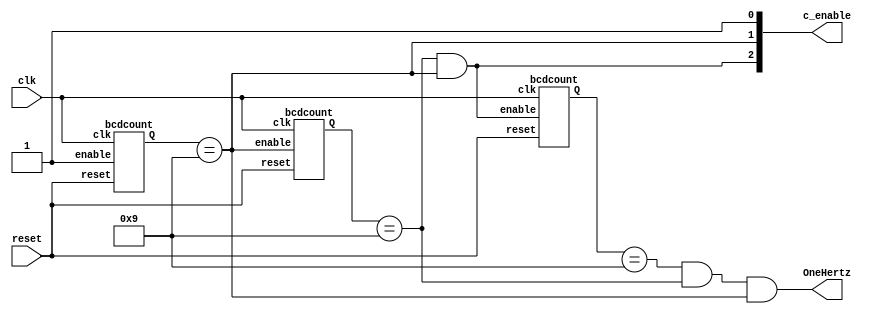
module top_module (
    input clk,
    input reset,
    output OneHertz,
    output [2:0] c_enable
); 
wire [3:0] q0, q1, q2;

    assign c_enable = {q1 == 4'd9 && q0 == 4'd9, q0 == 4'd9, 1'b1};
    assign OneHertz = {q2 == 4'd9 && q1 == 4'd9 && q0 == 4'd9};
    bcdcount counter0 (.clk(clk), .reset(reset), .enable(c_enable[0]), .Q(q0));
    bcdcount counter1 (.clk(clk), .reset(reset), .enable(c_enable[1]), .Q(q1));
    bcdcount counter2 (.clk(clk), .reset(reset), .enable(c_enable[2]), .Q(q2));

endmodule

module bcdcount (
	input clk,
	input reset,
	input enable,
	output reg [3:0] Q
);

    always @(posedge clk) begin
        if (reset) begin
            Q <= 4'b0000;
        end else if (enable) begin
            Q <= Q + 1;
        end
    end

endmodule